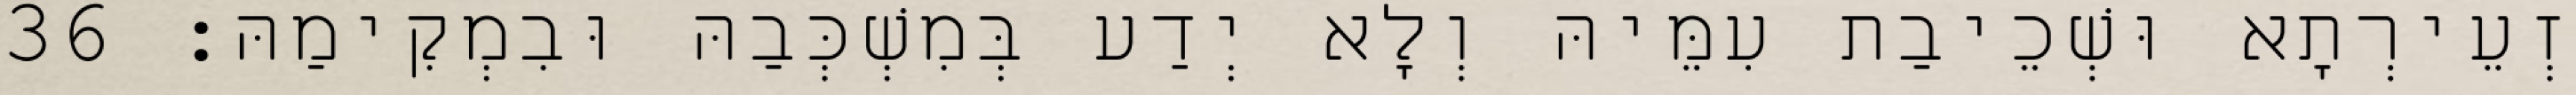
זְעֵירְתָא וּשְׁכֵיבַת עִמֵּיהּ וְלָא יְדַע בְּמִשְׁכְּבַהּ וּבִמְקִימַהּ׃ 36